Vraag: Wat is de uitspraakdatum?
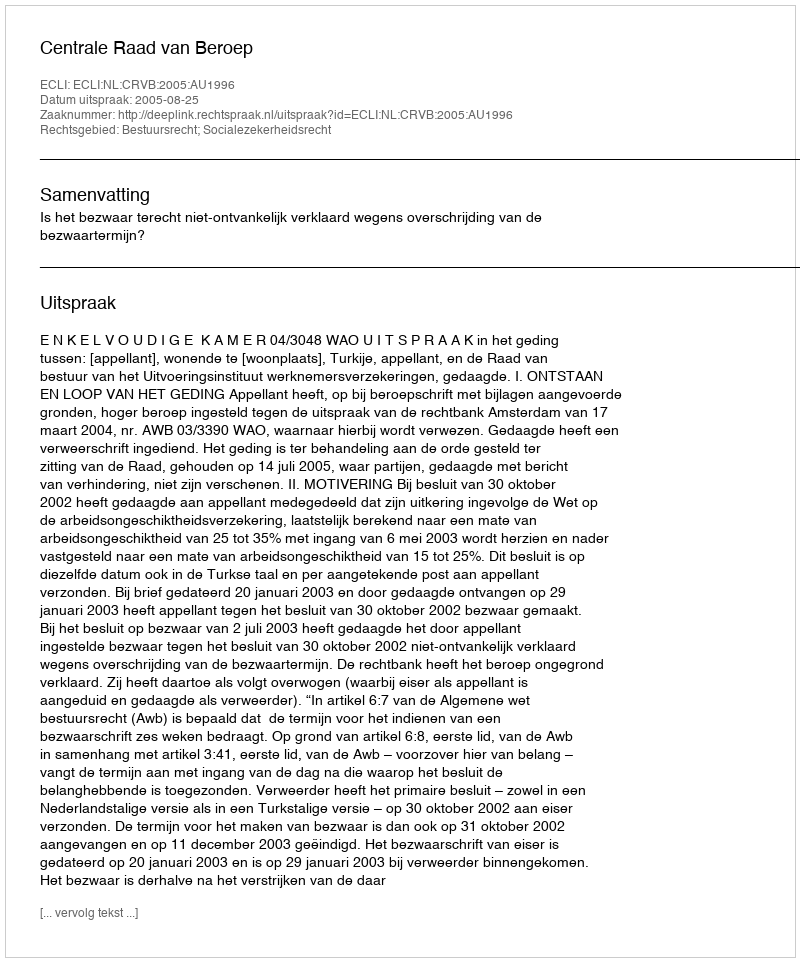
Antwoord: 2005-08-25